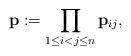
LaTeX: \begin{align*}\mathbf{p}:= \prod_{1\leq i<j\leq n} \mathbf{p}_{ij},\end{align*}